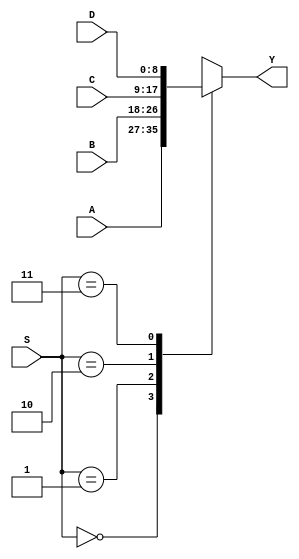
`define bits 9
module MUX4 (
	input [`bits-1:0] A, B, C, D,
	input [1:0] S,
	output reg [`bits-1:0] Y
);
	always @(*) begin
		case (S)
			2'b00: Y = A;
			2'b01: Y = B;
			2'b10: Y = C;
			2'b11: Y = D;
		endcase
	end
endmodule